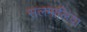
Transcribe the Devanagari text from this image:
सलमालिया